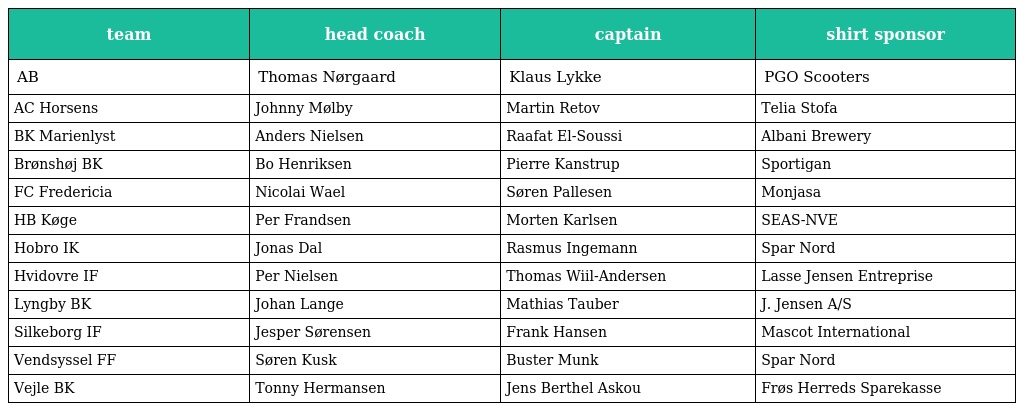
| team | head coach | captain | shirt sponsor |
 | --- | --- | --- | --- |
 | AB | Thomas Nørgaard | Klaus Lykke | PGO Scooters |
 | AC Horsens | Johnny Mølby | Martin Retov | Telia Stofa |
 | BK Marienlyst | Anders Nielsen | Raafat El-Soussi | Albani Brewery |
 | Brønshøj BK | Bo Henriksen | Pierre Kanstrup | Sportigan |
 | FC Fredericia | Nicolai Wael | Søren Pallesen | Monjasa |
 | HB Køge | Per Frandsen | Morten Karlsen | SEAS-NVE |
 | Hobro IK | Jonas Dal | Rasmus Ingemann | Spar Nord |
 | Hvidovre IF | Per Nielsen | Thomas Wiil-Andersen | Lasse Jensen Entreprise |
 | Lyngby BK | Johan Lange | Mathias Tauber | J. Jensen A/S |
 | Silkeborg IF | Jesper Sørensen | Frank Hansen | Mascot International |
 | Vendsyssel FF | Søren Kusk | Buster Munk | Spar Nord |
 | Vejle BK | Tonny Hermansen | Jens Berthel Askou | Frøs Herreds Sparekasse |